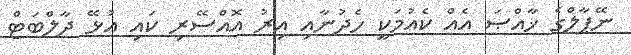
ނޭޕާލްގެ ޚާއްޞަ އެއް ކެއުމަކީ ހެދުނާއި އިރު އޮއްސޭރި ކައި އުޅޭ ދާލްބަޓް